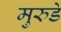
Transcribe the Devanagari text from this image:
मुरुडे